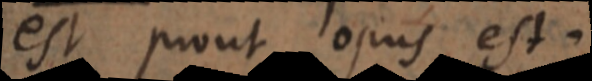
est prout opus est.